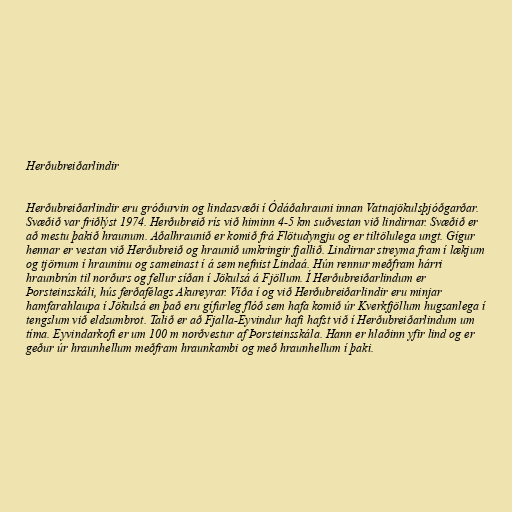
Herðubreiðarlindir

Herðubreiðarlindir eru gróðurvin og lindasvæði í Ódáðahrauni innan Vatnajökulsþjóðgarðar.
Svæðið var friðlýst 1974. Herðubreið rís við himinn 4-5 km suðvestan við lindirnar. Svæðið er
að mestu þakið hraunum. Aðalhraunið er komið frá Flötudyngju og er tiltölulega ungt. Gígur
hennar er vestan við Herðubreið og hraunið umkringir fjallið. Lindirnar streyma fram í lækjum
og tjörnum í hrauninu og sameinast í á sem nefnist Lindaá. Hún rennur meðfram hárri
hraunbrún til norðurs og fellur síðan í Jökulsá á Fjöllum. Í Herðubreiðarlindum er
Þorsteinsskáli, hús ferðafélags Akureyrar. Víða í og við Herðubreiðarlindir eru minjar
hamfarahlaupa í Jökulsá en það eru gífurleg flóð sem hafa komið úr Kverkfjöllum hugsanlega í
tengslum við eldsumbrot. Talið er að Fjalla-Eyvindur hafi hafst við í Herðubreiðarlindum um
tíma. Eyvindarkofi er um 100 m norðvestur af Þorsteinsskála. Hann er hlaðinn yfir lind og er
geður úr hraunhellum meðfram hraunkambi og með hraunhellum í þaki.